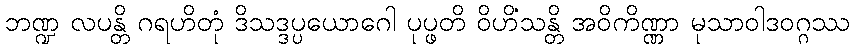
ဘဏ္ဍ လပန္တိ ဂရဟိတုံ ဒိသဒ္ဒပ္ပယောဂေါ ပုပ္ဖတိ ဝိဟိံသန္တိ အဝိကိဏ္ဏာ မုသာဝါဒဝဂ္ဂဿ